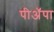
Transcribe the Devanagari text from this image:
पीअॅपा